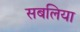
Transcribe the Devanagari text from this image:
सबलिया